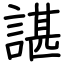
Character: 諶